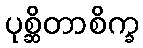
ပုစ္ဆိတာစိက္ခ